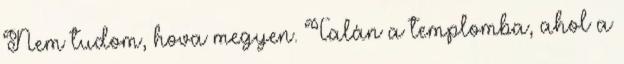
Nem tudom, hova megyen. Talán a templomba, ahol a